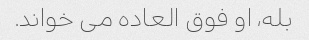
بله، او فوق العاده می خواند.